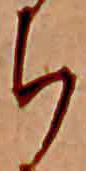
ち